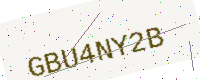
Text: GBU4NY2B